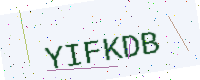
Text: YIFKDB